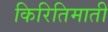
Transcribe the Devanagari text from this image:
किरितिमाती